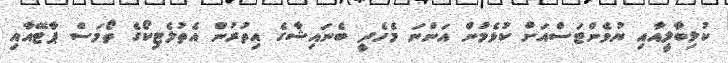
ކުލިބާލީއާއި ޔުވެންޓަސްއަށް ކުޅެމުން އަންނަ މެހެދީ ބެނައިޝާގެ އިތުރުން އެތުލެޓިކޯގެ ތޯމަސް ޕާޓޭއާއި